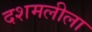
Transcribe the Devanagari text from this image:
दशमलीला